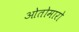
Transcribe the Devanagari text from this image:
ओतोमारो